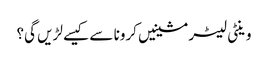
وینٹی لیٹر مشینیں کرونا سے کیسے لڑیں گی؟